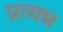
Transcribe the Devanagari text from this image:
प्रत्यन्न